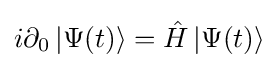
i\partial _{0}\left|\Psi (t)\right\rangle ={\hat {H}}\left|\Psi (t)\right\rangle